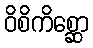
ဝိစိကိစ္ဆော